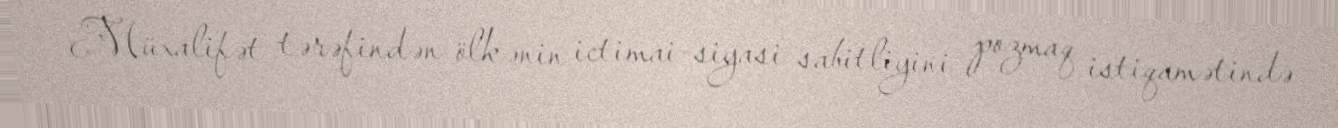
Müxalifət tərəfindən ölkənin ictimai-siyasi sabitliyini pozmaq istiqamətində